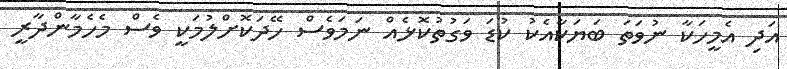
އަދި އެމީހަކާ ނުވަތަ ބަޔަކާއެކު ކުޑަ ވަގުތުކޮޅެއް ނަމަވެސް ހޭދަކޮށްލުމަކީ ވެސް މެހެމާންދާރީ